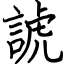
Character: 諕